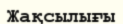
Жақсылығы